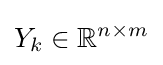
Y_{k}\in \mathbb {R} ^{n\times m}